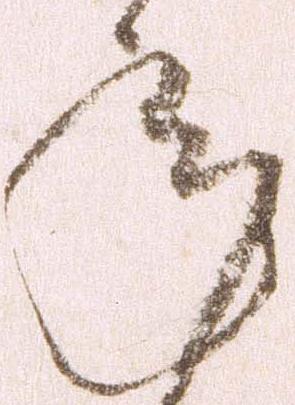
承